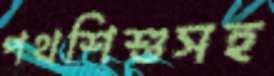
পথশিশুসহ